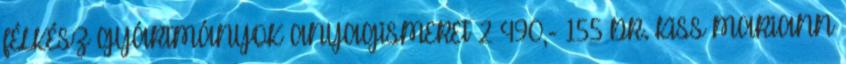
FÉLKÉSZ GYÁRTMÁNYOK ANYAGISMERET 2 490,- 155 DR. KISS MARIANN